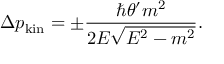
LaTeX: \Delta p _ { \mathrm { k i n } } = \pm \frac { \hbar \theta ^ { \prime } m ^ { 2 } } { 2 E \sqrt { E ^ { 2 } - m ^ { 2 } } } .